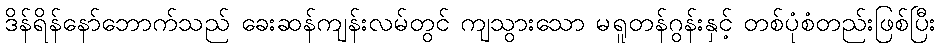
ဒိန်ရိန်နော်ဘောက်သည် ခေးဆန်ကျန်းလမ်တွင် ကျသွားသော မရူတန်ဂွန်းနှင့် တစ်ပုံစံတည်းဖြစ်ပြီး